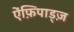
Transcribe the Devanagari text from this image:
ऐंफ़िपाड्ज़